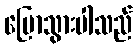
ပြောသွားပါသည်